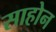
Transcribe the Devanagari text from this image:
साहोन